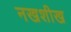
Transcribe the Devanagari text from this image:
नखशीख